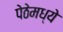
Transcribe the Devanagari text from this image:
पेठेमध्ये